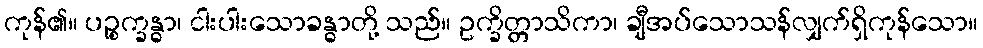
ကုန်၏။ ပဉ္စက္ခန္ဓာ၊ ငါးပါးသောခန္ဓာတို့ သည်။ ဥက္ခိတ္တာသိကာ၊ ချီအပ်သောသန်လျှက်ရှိကုန်သော။